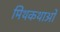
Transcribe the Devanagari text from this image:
मिथकथाओं